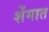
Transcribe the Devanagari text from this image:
शेंगात